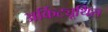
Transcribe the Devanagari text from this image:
अर्किट्यूथिस